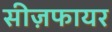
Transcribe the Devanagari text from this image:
सीज़फायर